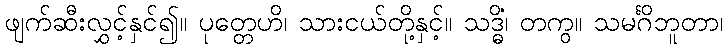
ဖျက်ဆီးလွှင့်နှင်၍။ ပုတ္တေဟိ၊ သားငယ်တို့နှင့်။ သဒ္ဓိံ၊ တကွ။ သမင်္ဂိဘူတာ၊